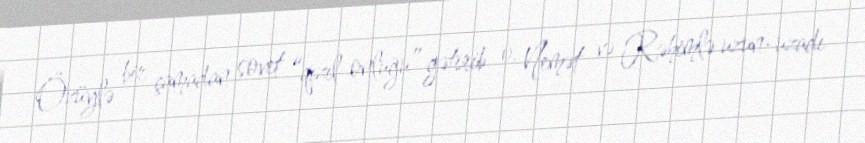
Özüylə bir çamadan sovet “qızıl onluğu” gətirib o. Nemət və Rəhimlə uzun-uzadı